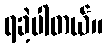
ရခဲ့ပါတယ်။